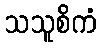
သသူစိကံ